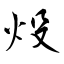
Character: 炈